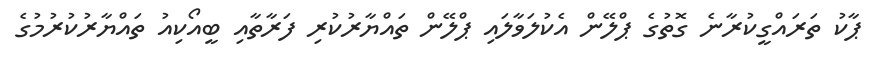
ޕާކު ތަރައްގީކުރާނެ ގޮތުގެ ޕްލޭން އެކުލަވާލައި ޕްލޭން ތައްޔާރުކުރި ފަރާތާއި ބީއޯކިއު ތައްޔާރުކުރުމުގެ